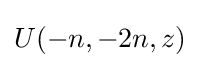
U(-n,-2n,z)